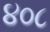
૪૦૮